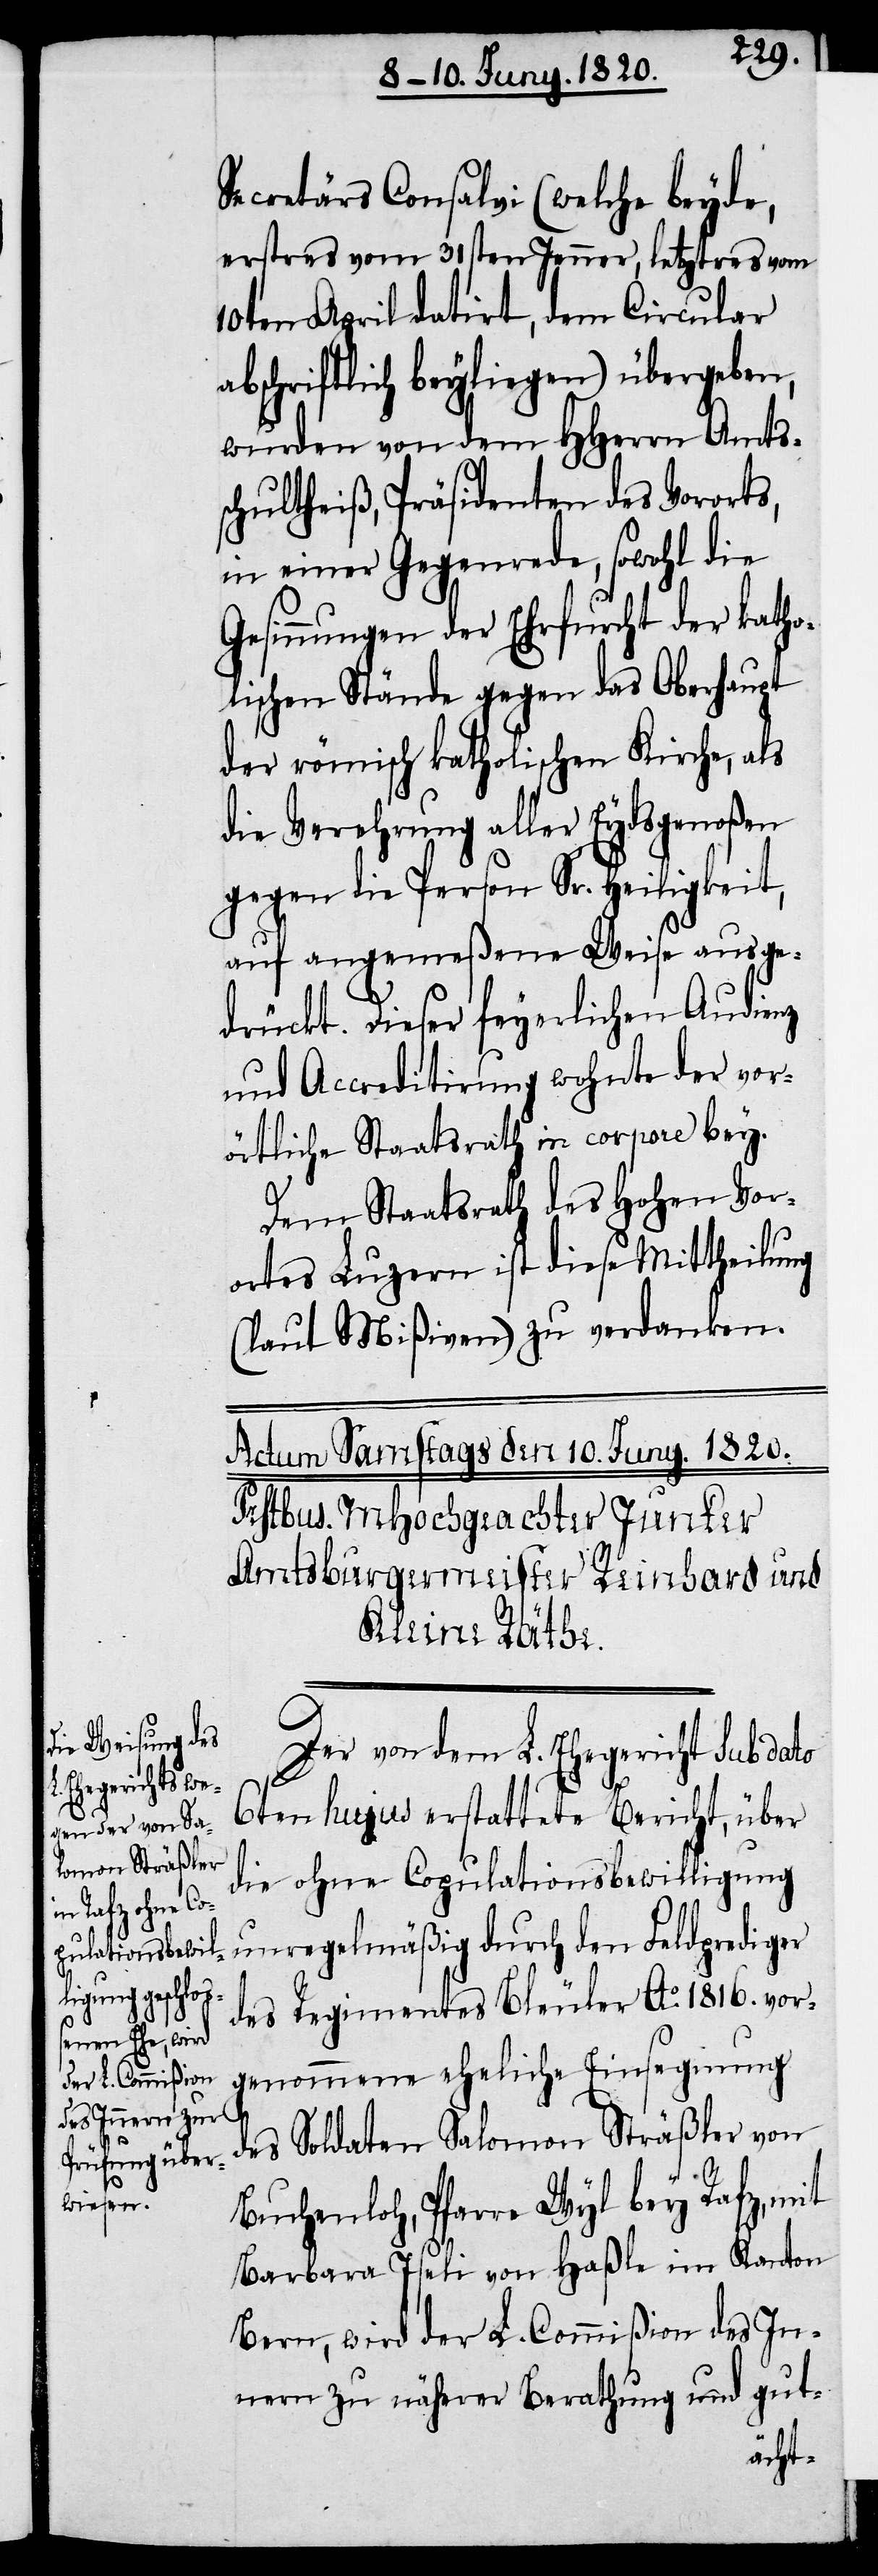
Secretärs Consalvi (welche beyde,
erstres vom 31sten Jenner, letztres vom
10ten April datirt, dem Circular
abschriftlich beyliegen) übergeben,
wurden von dem HHerrn Amtss¬
chultheiß, Präsidenten des Vororts,
in einer Gegenrede, sowohl die
Gesinnungen der Ehrfurcht der katho¬
lischen Stände gegen das Oberhaupt
der römisch katholischen Kirche, als
die Verehrung aller Eydsgnoßen
gegen die Person Sr. Heiligkeit,
auf angemeßene Weise ausg¬
drückt. Dieser feyerlichen Audienz
und Accreditirung wohnte der vor¬
örtliche Staatsrath in corpore bey.
Dem Staatsrath des Hohen Vor¬
ortes Luzern ist diese Mittheilung
(laut Mißiven) zu verdanken.
Der von dem L. Ehegericht sub dato
6ten hujus erstattete Bericht, über
die ohne Copulationsbewilligung
unregelmäßig durch den Fallprediger
des Regimentes Bleuler Ao. 1816. vor¬
genommene eheliche Einsegnung
des Soldaten Salomon Sträßler von
Buchenloh, Pfarre Wyl bey Rafz, mit
Barbara Iseli von Haßle im Kanton
Bern, wird der L. Commiβion des In¬
nern zu näherer Berathung und gut-